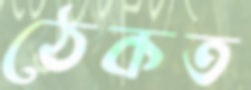
ঠেকত